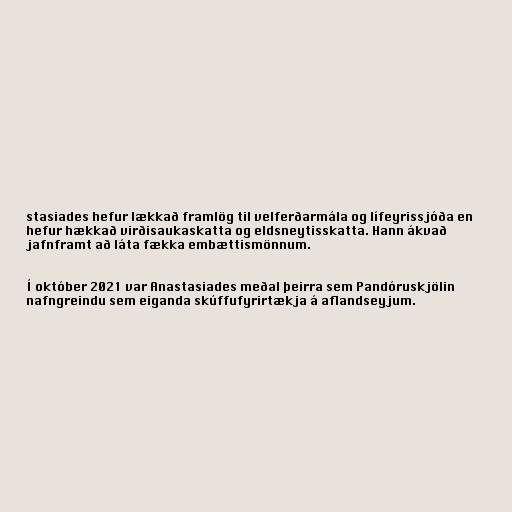
stasiades hefur lækkað framlög til velferðarmála og lífeyrissjóða en
hefur hækkað virðisaukaskatta og eldsneytisskatta. Hann ákvað
jafnframt að láta fækka embættismönnum.

Í október 2021 var Anastasiades meðal þeirra sem Pandóruskjölin
nafngreindu sem eiganda skúffufyrirtækja á aflandseyjum.